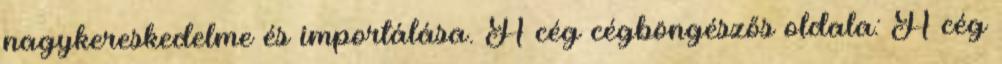
nagykereskedelme és importálása. A cég cégböngészős oldala: A cég